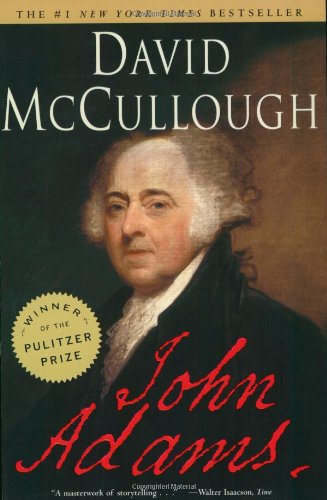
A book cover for John Adams; David McCullough; Biographies & Memoirs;